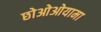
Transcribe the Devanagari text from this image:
छोओओयामा